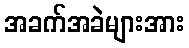
အခက်အခဲများအား